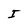
Character: I